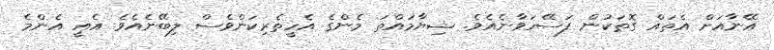
އޭނާއަށް އެތައް ގޮތަކުން ފަސޭހަވާނެއެވެ. ޝިޔާމައްތަ މެންގެ އެހީތެރިކަންވެސް ލިބޭނެއެވެ. އެއީ އެންމެ